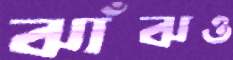
ঝাঁঝও